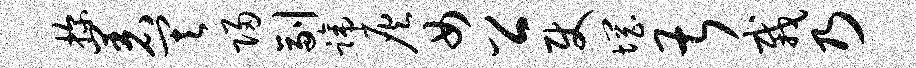
探着其归副蹄灰女公使惘甚栽乃